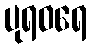
ပုရဝရေ